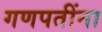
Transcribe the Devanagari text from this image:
गणपतींना